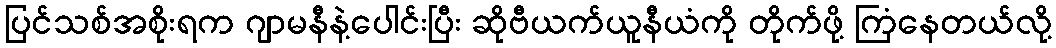
ပြင်သစ်အစိုးရက ဂျာမနီနဲ့ပေါင်းပြီး ဆိုဗီယက်ယူနီယံကို တိုက်ဖို့ ကြံနေတယ်လို့